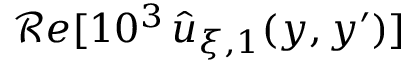
\mathcal { R } e [ 1 0 ^ { 3 } \, \widehat { u } _ { \xi , 1 } ( y , y ^ { \prime } ) ]